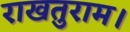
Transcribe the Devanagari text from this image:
राखतुराम।